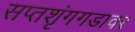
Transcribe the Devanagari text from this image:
सप्तशृंगगडावर